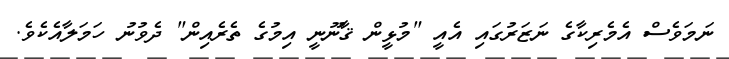
ނަމަވެސް އެމެރިކާގެ ނަޒަރުގައި އެއީ "މުޅީން ޤާނޫނީ އިމުގެ ތެރެއިން" ދެވުނު ހަމަލާއެކެވެ.